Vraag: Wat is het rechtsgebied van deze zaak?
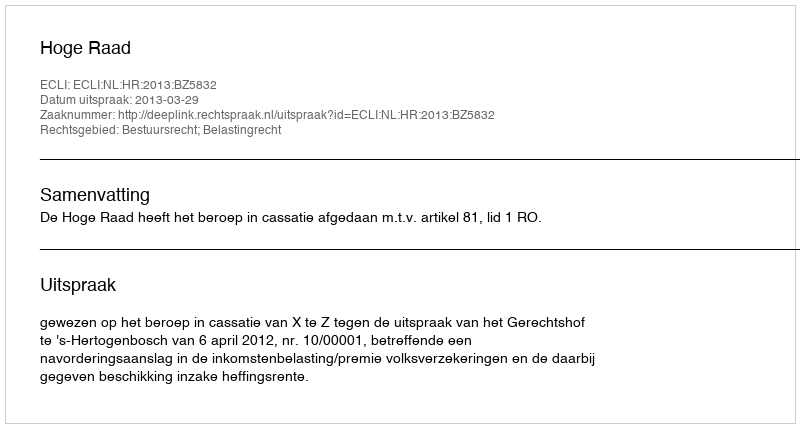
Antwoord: Bestuursrecht; Belastingrecht